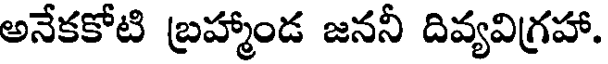
అనేకకోటి బ్రహ్మాండ జననీ దివ్యవిగ్రహా.